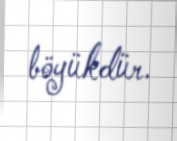
böyükdür.